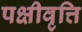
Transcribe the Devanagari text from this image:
पक्षीवृत्ति